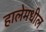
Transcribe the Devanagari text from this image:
हालेमधील